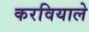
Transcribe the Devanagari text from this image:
करवियाले